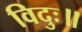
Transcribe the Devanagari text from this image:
विदुः॥